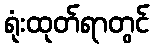
ရုံးထုတ်ရာတွင်